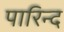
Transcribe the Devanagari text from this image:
पारिन्द